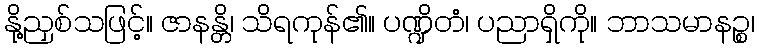
နို့ညှစ်သဖြင့်။ ဇာနန္တိ၊ သိရကုန်၏။ ပဏ္ဍိတံ၊ ပညာရှိကို။ ဘာသမာနဉ္စ၊